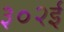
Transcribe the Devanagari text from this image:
३०२ई